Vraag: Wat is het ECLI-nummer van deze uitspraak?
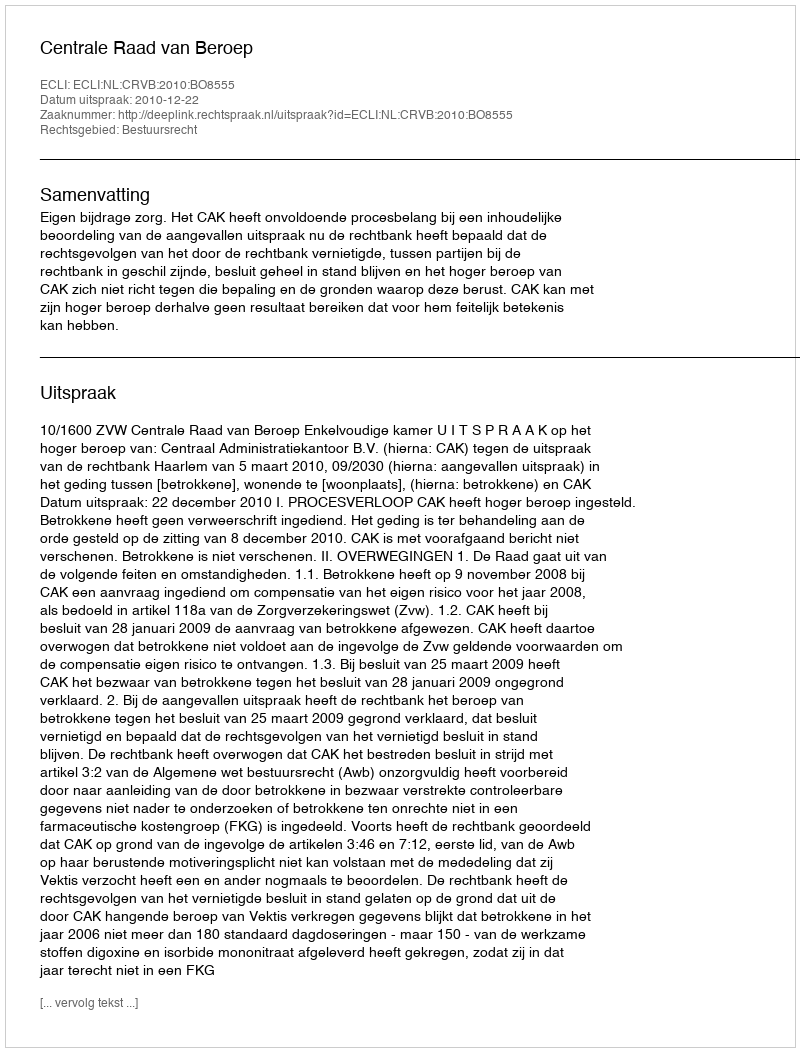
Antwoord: ECLI:NL:CRVB:2010:BO8555